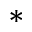
^ { * }